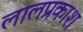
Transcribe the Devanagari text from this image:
लालप्रकाश